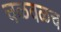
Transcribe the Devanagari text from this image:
चळवळच